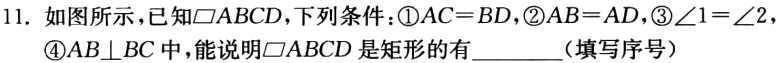
11. 如图所示，已知$\square ABCD$，下列条件：\textcircled{1}$AC = BD$，\textcircled{2}$AB = AD$，\textcircled{3}$\angle1=\angle2$，\textcircled{4}$AB\perp BC$中，能说明$\square ABCD$是矩形的有  （填写序号）